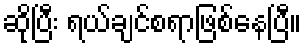
ဆိုပြီး ရယ်ချင်စရာဖြစ်နေပြီ။